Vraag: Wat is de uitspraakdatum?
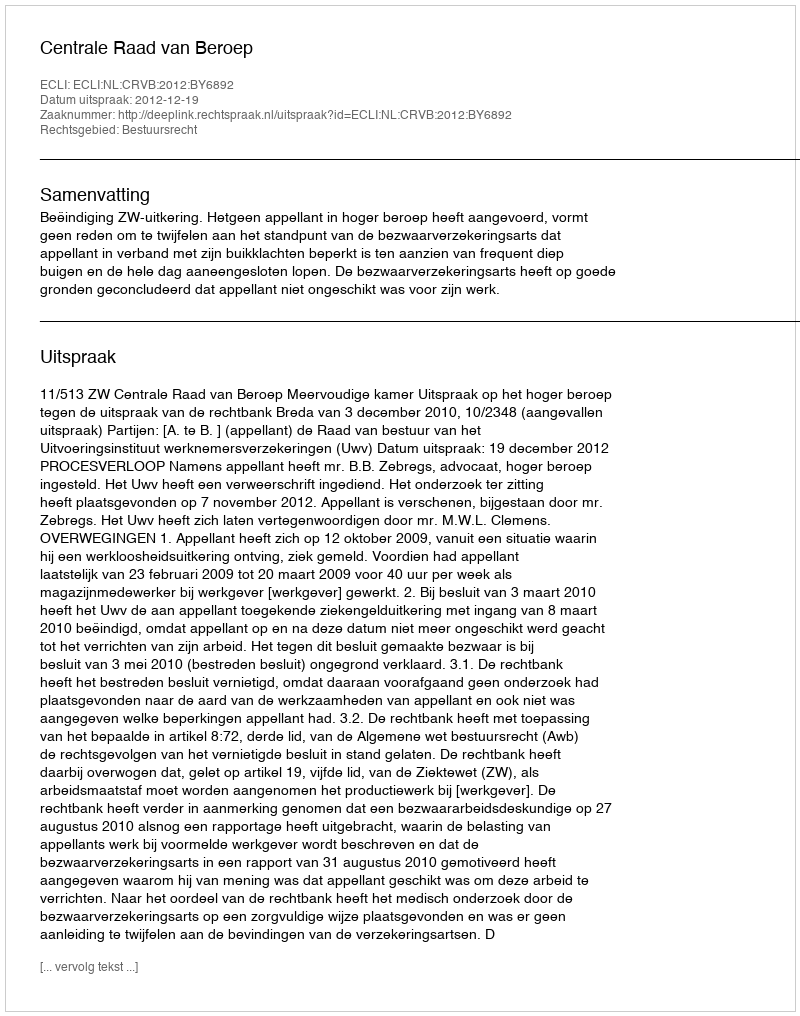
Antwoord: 2012-12-19